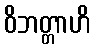
ဝိဘတ္တာဟိ